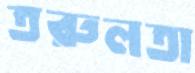
তরুলতা